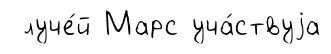
луче́й Марс уча́ствуjа